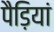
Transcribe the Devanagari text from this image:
पैड़ियां